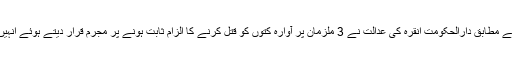
ترک میڈیا کے مطابق دارالحکومت انقرہ کی عدالت نے 3 ملزمان پر آوارہ کتوں کو قتل کرنے کا الزام ثابت ہونے پر مجرم قرار دیتے ہوئے انہیں سزا سنادی۔